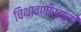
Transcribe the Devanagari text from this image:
चिथावणीखाली